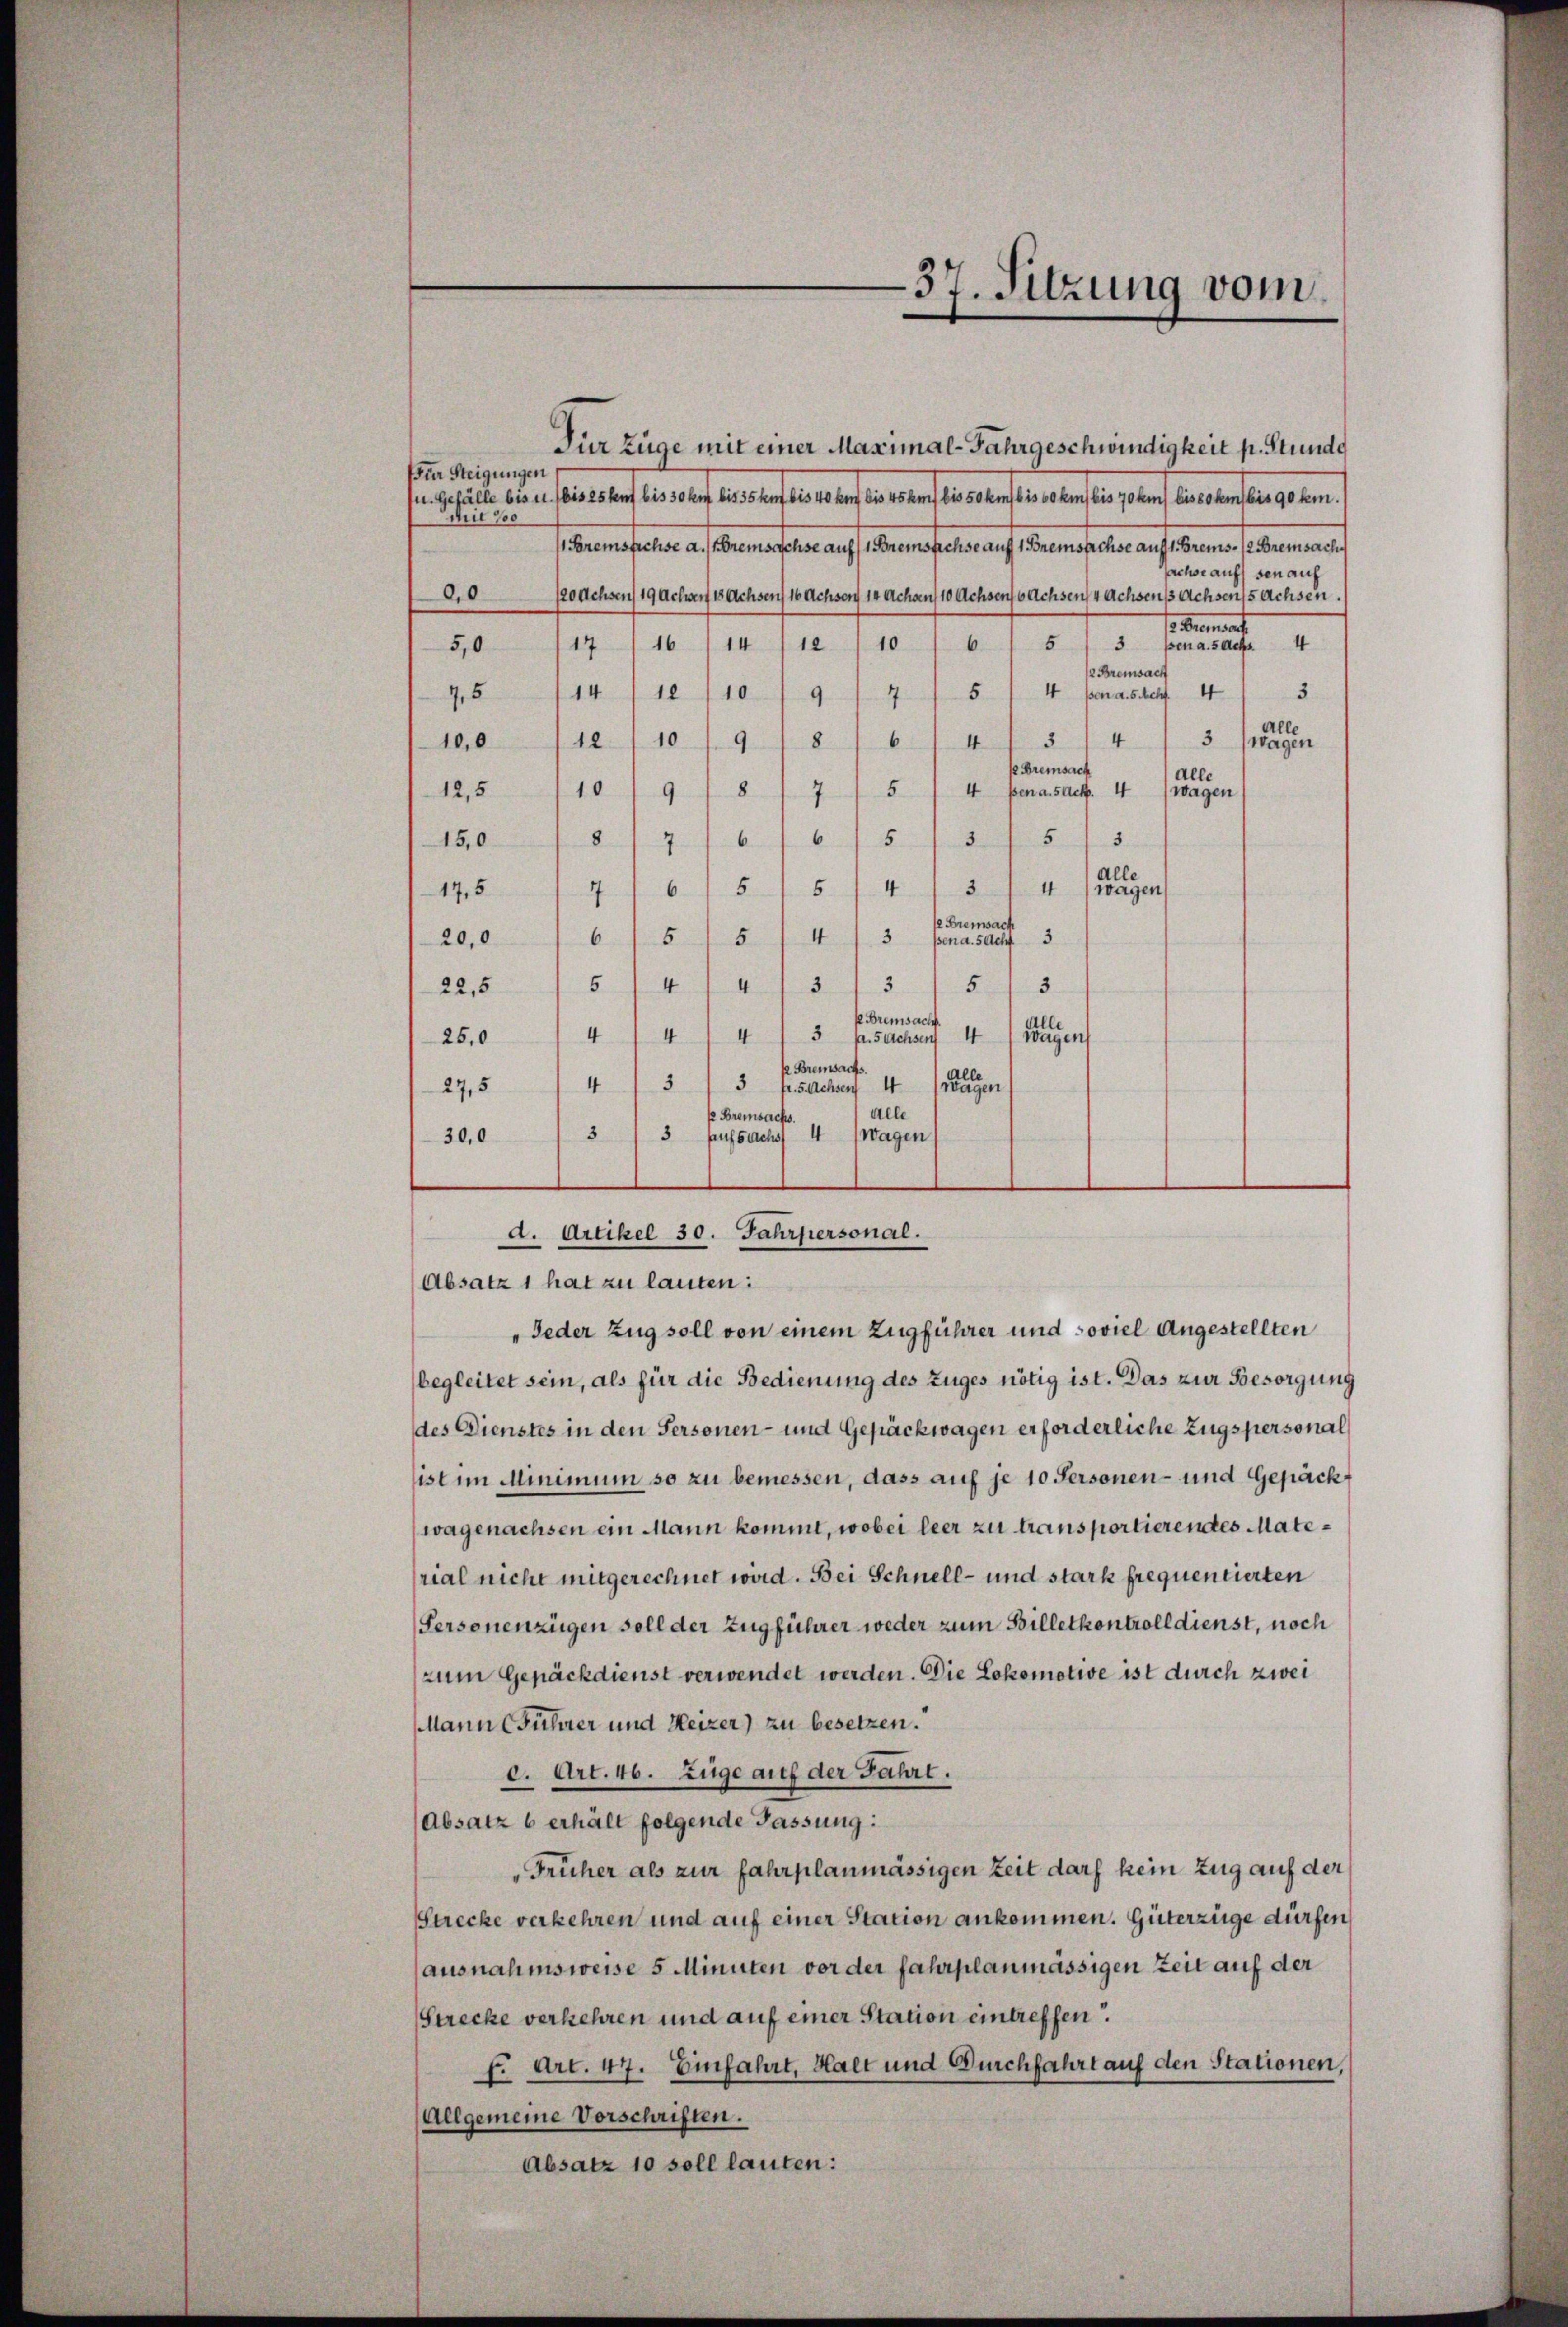
d. Artikel 30. Jahrpersonal.

37. Sitzung vom

Dür Züge mit einer Maximal-Fahrgeschwindigkeit p. Stunde
ür Steigungen
sien Gefälle bei es sei es kauf des vorauf aus stant leiste auf des wegen des selben der er den sein, getan, die es sanften gehen.
Mit 700
Premsfechse a. (bremsachse auf 1 Bremsfechse auf 1 Bremsachse auf 1. Brems. (2 Breisache
achse auf den auf
oachsen 19 Achwert 18 Achsen 16 Achsen 14 Achon 10 Achsen Achsen 4 Achsen Achsen sachsen.
00
so. Secundart
4
5,0 117 116 (14/12/10 / 6 1 5 / 3 pena steht
2 Bremsach
5
75 (14/10/10 /9/4 / 5/4 penasch 4
alle
3
54
wagen
100/10/10 9
8
6
4
 Bremsach
Alle
5
10
4 ssen a. SAct. 4
wagen
12,5
9f Sichen
5
3
653
1508
76
Alle
4 wagen
3
17,5 1716) 515
4
e Breisach
3
20,016/5 154
ßen d. 5 Acht 3
4
3
4
5
313
5
22,5
f. Bremsacht.
alle
4
4
4 wagen
4
3 p. Sachsen
25,0
 Breisachs
4 ge
27,54 13/3
fr. 5. Achsen
alle
e Breisache.
3
3 aufsuchs 4 (Wagen
30,0
(Absatz 1 hat zu lauten:
begleitet sein, als für die Bedienung des Zuges nötig ist. Das zur Besorgung
des Dienstes in den Personen- und Gepäckwagen erforderliche Zugspersonal
ist im Minimum so zu bemessen, dass auf je 10 Personen- und Gepäck
wagenachsen ein Mann kommt, wobei leer zu transportierendes Material nicht mitgerechnet wird. Bei Schnell- und stark frequentierten
Personenzügen soll der Zugführer weder zum Billetkontroll dienst, noch
zum Gepäckdienst verwendet werden. Die Lokomotive ist durch zwei
MMann (Führer und Heizer) zu besetzen.
c. Art. 46. Zuge auf der Fahrt.
(Absatz 6 erhält folgende Fassung:
Früher als zur fahrplanmässigen Zeit darf kein Zug auf der
Strecke verkehren und auf einer Station ankommen. Güterzüge dürfen
ausnahmsweise 5 Minuten vor der fahrplanmässigen Zeit auf der
Strecke verkehren und auf einer Station eintreffen.
f. Art. 47. Einfahrt, Halt und Durchfahrt auf den Stationen,
Allgemeine Vorschriften.
Absatz 10 soll lauten:

„Jeder Zug soll von einem Zugführer und soviel Angestellten